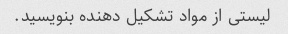
لیستی از مواد تشکیل دهنده بنویسید.